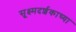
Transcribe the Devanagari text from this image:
सूक्ष्मदर्शकाच्या